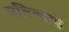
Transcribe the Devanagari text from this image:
प्रतिश्याइ